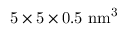
\mathrm { 5 \times 5 \times 0 . 5 \ n m ^ { 3 } }